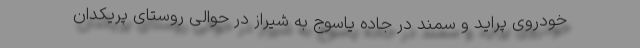
خودروی پراید و سمند در جاده یاسوج به شیراز در حوالی روستای پریکدان